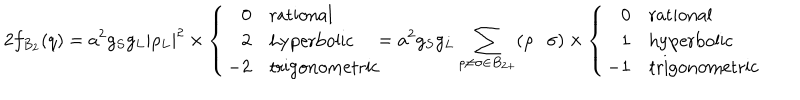
2 f _ { B _ { 2 } } ( q ) = a ^ { 2 } g _ { S } g _ { L } | \rho _ { L } | ^ { 2 } \times \left\{ \begin{array} { r l } { { 0 } } & { { \mathrm { r a t i o n a l } } } \\ { { 2 } } & { { \mathrm { h y p e r b o l i c } } } \\ { { - 2 } } & { { \mathrm { t r i g o n o m e t r i c } } } \\ \end{array} \right. \! \! \! = a ^ { 2 } g _ { S } g _ { L } \sum _ { \rho \neq \sigma \in B _ { 2 + } } ( \rho \cdot \sigma ) \times \left\{ \begin{array} { r l } { { 0 } } & { { \mathrm { r a t i o n a l } } } \\ { { 1 } } & { { \mathrm { h y p e r b o l i c } } } \\ { { - 1 } } & { { \mathrm { t r i g o n o m e t r i c } } } \\ \end{array} \right.